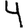
Digit: 4